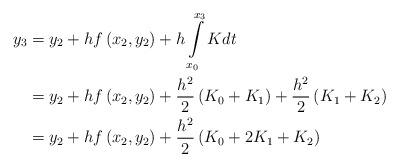
LaTeX: \begin{align*}y_{3}& =y_{2}+hf\left( x_{2},y_{2}\right) +h\int\limits_{x_{0}}^{x_{3}}Kdt \\& =y_{2}+hf\left( x_{2},y_{2}\right) +\frac{h^{2}}{2}\left(K_{0}+K_{1}\right) +\frac{h^{2}}{2}\left( K_{1}+K_{2}\right) \\& =y_{2}+hf\left( x_{2},y_{2}\right) +\frac{h^{2}}{2}\left(K_{0}+2K_{1}+K_{2}\right)\end{align*}